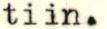
tiin.